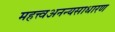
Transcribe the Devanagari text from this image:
महत्त्वअनन्यसाधारण